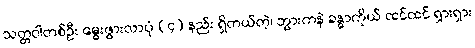
သတ္တဝါတစ်ဦး မွေးဖွားလာပုံ (၄) နည်း ရှိတယ်တဲ့၊ ဘွားကနဲ ခန္ဓာကိုယ် ထင်ထင် ရှားရှား